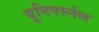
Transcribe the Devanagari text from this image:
युनिपर्स्नल